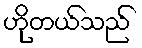
ဟိုတယ်သည်